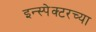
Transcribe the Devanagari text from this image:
इन्स्पेक्टरच्या